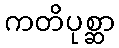
ကတိပုစ္ဆာ